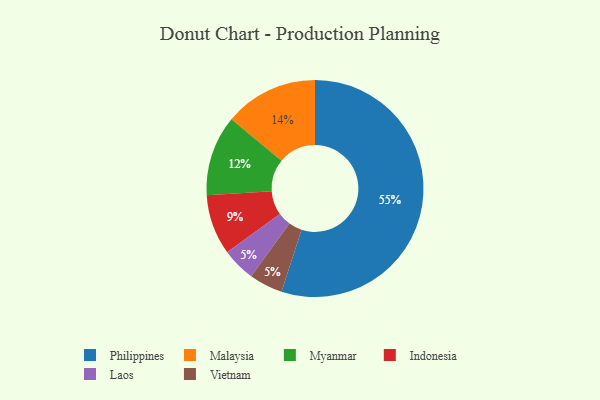
{"axis": {"x": "Category", "y": "Percentage"}, "legend": ["Indonesia", "Laos", "Malaysia", "Myanmar", "Philippines", "Vietnam"], "data": [{"x": "Laos", "y": 5, "type": "Laos"}, {"x": "Malaysia", "y": 14, "type": "Malaysia"}, {"x": "Myanmar", "y": 12, "type": "Myanmar"}, {"x": "Vietnam", "y": 5, "type": "Vietnam"}, {"x": "Philippines", "y": 55, "type": "Philippines"}, {"x": "Indonesia", "y": 9, "type": "Indonesia"}]}